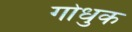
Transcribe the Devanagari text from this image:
गोधुक